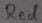
Text: Red